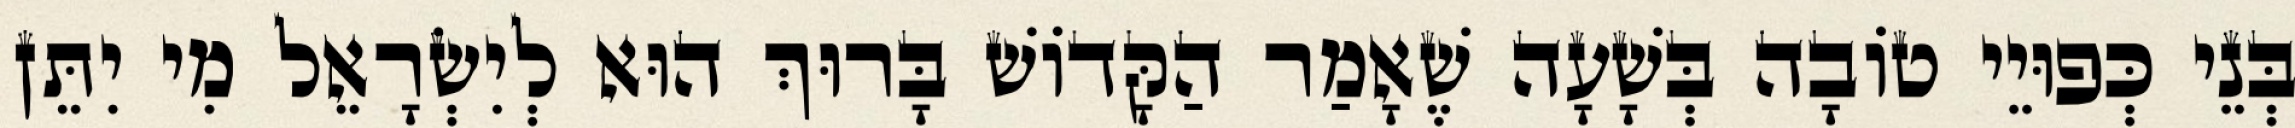
בְּנֵי כְּפוּיֵי טוֹבָה בְּשָׁעָה שֶׁאָמַר הַקָּדוֹשׁ בָּרוּךְ הוּא לְיִשְׂרָאֵל מִי יִתֵּן